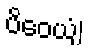
ပိဝေယျံ